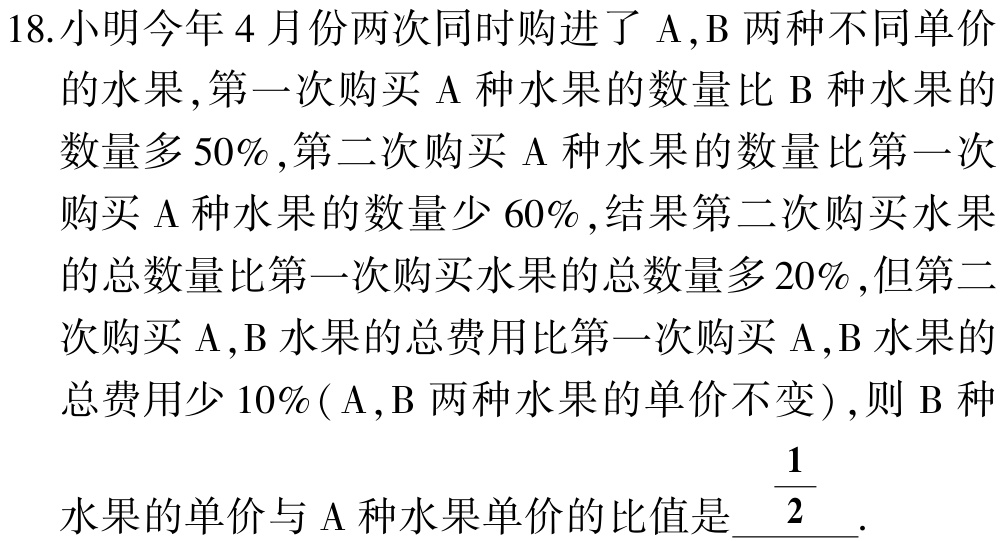
18.小明今年4月份两次同时购进了$\mathrm{A},\mathrm{B}$两种不同单价

的水果,第一次购买$\mathrm{A}$种水果的数量比$\mathrm{B}$种水果的

数量多$50\%$,第二次购买$\mathrm{A}$种水果的数量比第一次

购买$\mathrm{A}$种水果的数量少$60\%$,结果第二次购买水果

的总数量比第一次购买水果的总数量多$20\%$,但第二

次购买$\mathrm{A},\mathrm{B}$水果的总费用比第一次购买$\mathrm{A},\mathrm{B}$水果的

总费用少$10\%(\mathrm{A},\mathrm{B}$两种水果的单价不变$)$,则$\mathrm{B}$种

水果的单价与$\mathrm{A}$种水果单价的比值是$\underline{\dfrac{1}{2}}$.